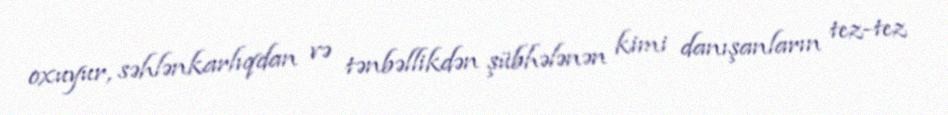
oxuyur, səhlənkarlıqdan və tənbəllikdən şübhələnən kimi danışanların tez-tez